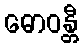
ဓောဝန္တီ